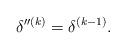
LaTeX: \begin{align*}\delta''^{(k)}=\delta^{(k-1)}.\end{align*}